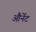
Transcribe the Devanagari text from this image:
और्नेट